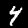
Digit: 4